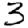
Digit: 3